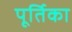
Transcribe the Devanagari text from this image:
पूर्तिका